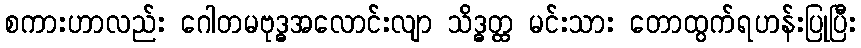
စကားဟာလည်း ဂေါတမဗုဒ္ဓအလောင်းလျာ သိဒ္ဓတ္ထ မင်းသား တောထွက်ရဟန်းပြုပြီး